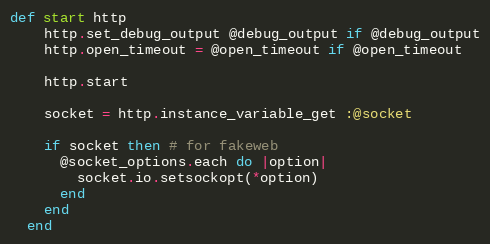
Language: Ruby
def start http
    http.set_debug_output @debug_output if @debug_output
    http.open_timeout = @open_timeout if @open_timeout

    http.start

    socket = http.instance_variable_get :@socket

    if socket then # for fakeweb
      @socket_options.each do |option|
        socket.io.setsockopt(*option)
      end
    end
  end